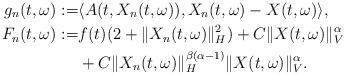
LaTeX: \begin{align*}g_n(t,\omega):= & \langle A(t, X_n(t,\omega)), X_n(t,\omega) - X(t,\omega) \rangle , \\F_n(t,\omega):= & f(t)(2+\Vert X_n(t,\omega)\Vert_H^2) + C\Vert X(t,\omega)\Vert_V^{\alpha} \\& + C \Vert X_n(t,\omega)\Vert_H^{\beta(\alpha-1)} \Vert X(t,\omega)\Vert_V^{\alpha} .\end{align*}